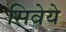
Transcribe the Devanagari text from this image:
सिवेये